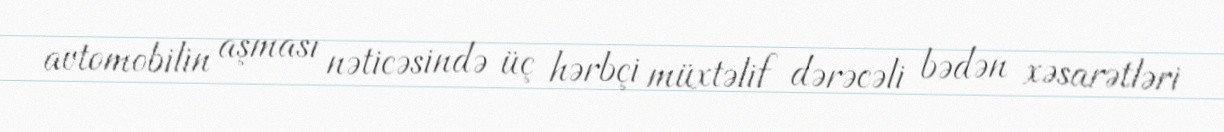
avtomobilin aşması nəticəsində üç hərbçi müxtəlif dərəcəli bədən xəsarətləri